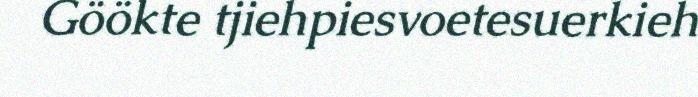
Göökte tjiehpiesvoetesuerkieh